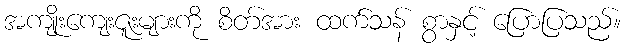
အကျိုးကျေးဇူးများကို စိတ်အား ထက်သန် စွာနှင့် ပြောပြသည်။